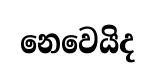
නෙවෙයිද